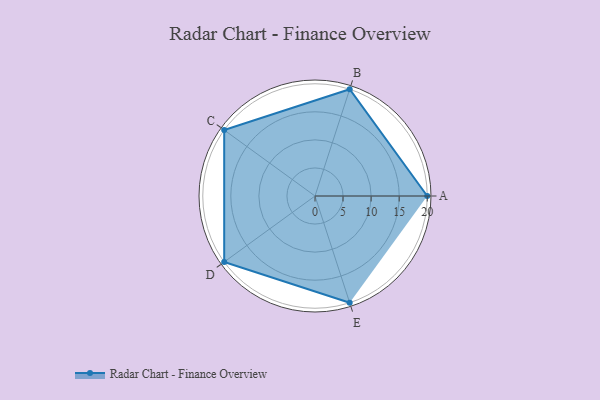
{"axis": {"x": "Skill", "y": "Score"}, "legend": ["Profile"], "data": [{"x": "A", "y": 20, "type": "Profile"}, {"x": "B", "y": 20, "type": "Profile"}, {"x": "C", "y": 20, "type": "Profile"}, {"x": "D", "y": 20, "type": "Profile"}, {"x": "E", "y": 20, "type": "Profile"}]}